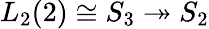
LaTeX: L_{2}(2)\cong S_{3}\twoheadrightarrow S_{2}